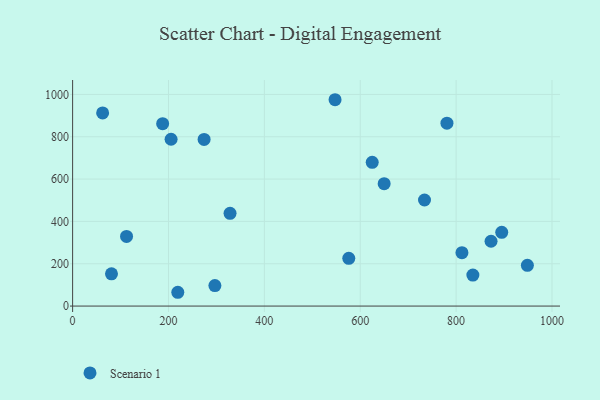
{"axis": {"x": "Experience", "y": "Fuel Efficiency"}, "legend": ["Scenario 1"], "data": [{"x": "734.1", "y": 501.3, "type": "Scenario 1"}, {"x": "205.4", "y": 788.2, "type": "Scenario 1"}, {"x": "835.0", "y": 146.3, "type": "Scenario 1"}, {"x": "895.2", "y": 348.6, "type": "Scenario 1"}, {"x": "219.4", "y": 65.2, "type": "Scenario 1"}, {"x": "187.8", "y": 861.9, "type": "Scenario 1"}, {"x": "625.0", "y": 679.2, "type": "Scenario 1"}, {"x": "112.5", "y": 329.2, "type": "Scenario 1"}, {"x": "812.2", "y": 252.3, "type": "Scenario 1"}, {"x": "872.9", "y": 306.2, "type": "Scenario 1"}, {"x": "649.9", "y": 578.5, "type": "Scenario 1"}, {"x": "780.9", "y": 864.1, "type": "Scenario 1"}, {"x": "576.1", "y": 225.8, "type": "Scenario 1"}, {"x": "547.5", "y": 975.0, "type": "Scenario 1"}, {"x": "328.4", "y": 438.1, "type": "Scenario 1"}, {"x": "81.1", "y": 152.4, "type": "Scenario 1"}, {"x": "296.8", "y": 96.8, "type": "Scenario 1"}, {"x": "62.6", "y": 912.7, "type": "Scenario 1"}, {"x": "948.7", "y": 192.5, "type": "Scenario 1"}, {"x": "274.3", "y": 787.2, "type": "Scenario 1"}]}